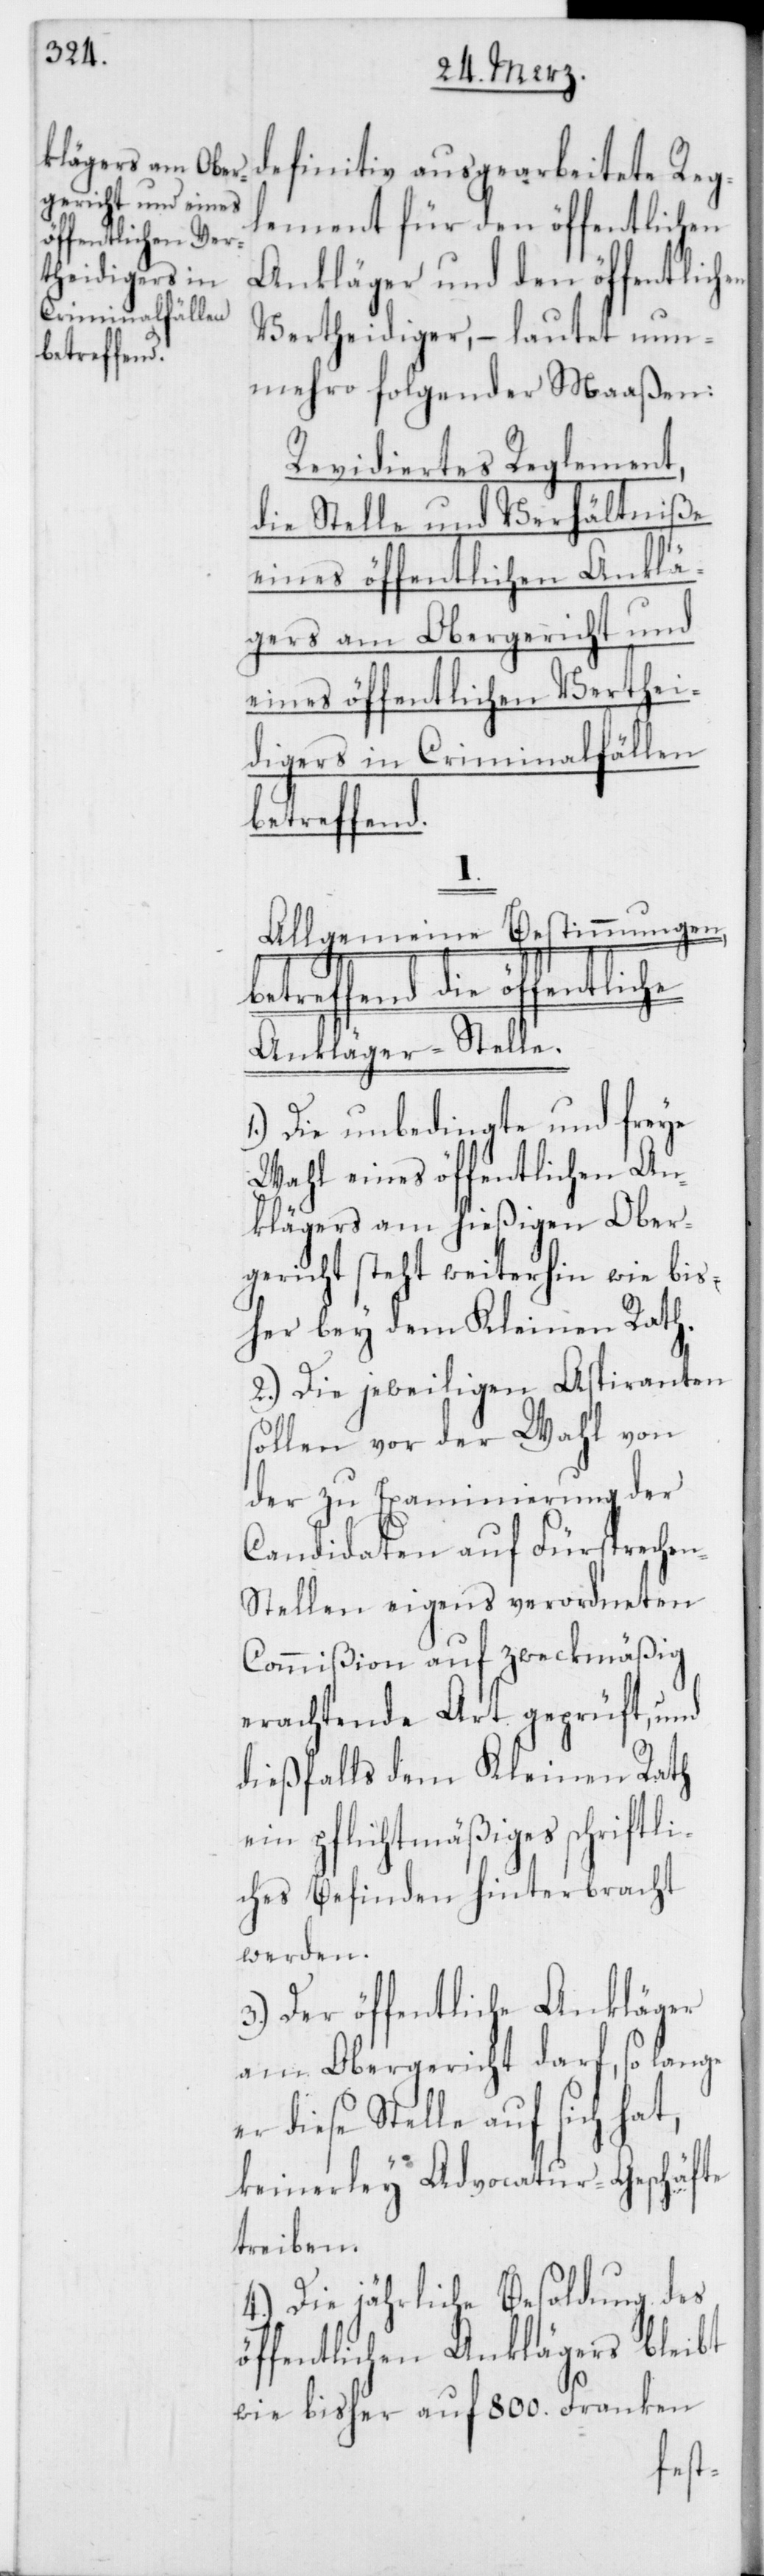
definitiv ausgearbeitete Reg¬
lement für den öffentlichen
Ankläger und den öffentlichen
Vertheidiger, – lautet nun¬
mehro folgender Maaßen:
Revidiertes Reglement,
die Stelle und Verhältniße
eines öffentlichen Anklä¬
gers am Obergericht und
eines öffentlichen Verthei¬
digers in Criminalfällen
betreffend
Allgemeine Bestimmungen,
Ankläger-Stelle.
1.) Die unbedingte und freye
Wahl eines öffentlichen An¬
klägers am hießigen Ober¬
gericht steht weiterhin wie bis¬
her bey dem Kleinen Rath.
2.) Die jeweiligen Aspiranten
sollen vor der Wahl von
der zu Examinierung der
Candidaten auf Fürspreche¬
n-Stellen eigens verordneten
Commißion auf zweckmäßig
erachtende Art geprüft, und
dießfalls dem Kleinen Rath
ein pflichtmäßiges schriftli¬
ches Befinden hinterbracht
werden.
3.) Der öffentliche Ankläger
am Obergericht darf, so lange
diese Stelle auf sich hat,
keinerley Advocatur-Geschäfte
treiben.
4.) Die jährliche Besoldung des
öffentlichen Anklägers bleibt
wie bisher auf 800. Franken